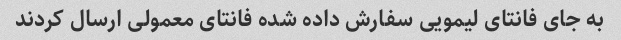
به جای فانتای لیمویی سفارش داده شده فانتای معمولی ارسال کردند